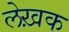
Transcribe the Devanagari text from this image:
लेख़क